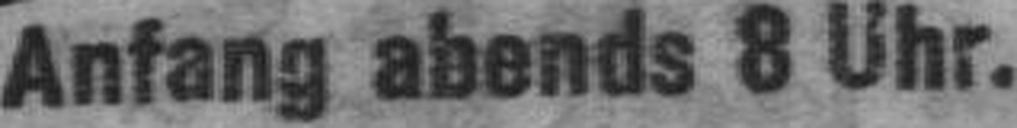
Anfang abends 8 Uhr.